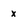
Character: x